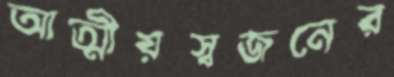
আত্মীয়স্বজনের